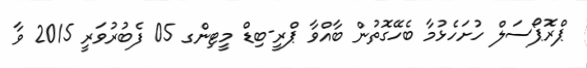
ޕްރޮޕޯސަލް ހުށަހެޅުމާ ބެހޭގޮތުން ބާއްވާ ޕްރީ-ބިޑް މީޓިންގ 05 ފެބުރުވަރީ 2015 ވާ